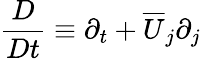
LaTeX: \frac{D}{Dt}\equiv\partial_{t}+\overline{{U}}_{j}\partial_{j}